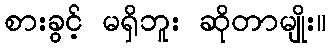
စားခွင့် မရှိဘူး ဆိုတာမျိုး။